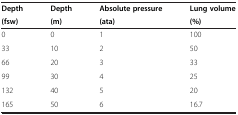
| Depth | Depth | Absolute pressure | Lung volume |
 | (fsw) | (m) | (ata) | (%) |
 | --- | --- | --- | --- |
 | 0 | 0 | 1 | 100 |
 | 33 | 10 | 2 | 50 |
 | 66 | 20 | 3 | 33 |
 | 99 | 30 | 4 | 25 |
 | 132 | 40 | 5 | 20 |
 | 165 | 50 | 6 | 16.7 |